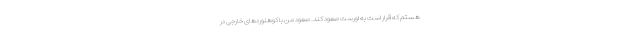
هستم که قرار است به اورست صعود کند. صعود من با کوهنوردهای خارجی در